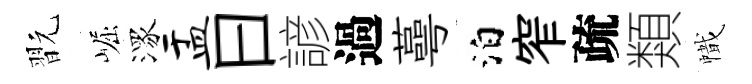
翫崛潈盂曰諺過蕚泊窄疏類幟